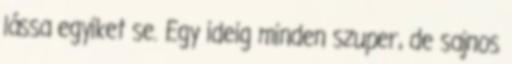
lássa egyiket se. Egy ideig minden szuper, de sajnos